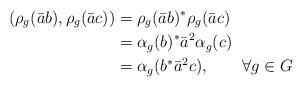
LaTeX: \begin{align*}(\rho_g(\bar ab),\rho_g(\bar ac)) &= \rho_g(\bar ab)^*\rho_g(\bar ac)\\&= \alpha_g(b)^*\bar a^2\alpha_g(c)\\&= \alpha_g(b^*\bar a^2c),\qquad\forall g\in G\end{align*}